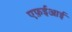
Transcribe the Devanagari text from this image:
एफ़ईआई